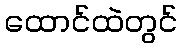
ထောင်ထဲတွင်